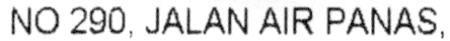
NO 290, JALAN AIR PANAS,